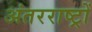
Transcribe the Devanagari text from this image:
अंतरराष्ट्रों